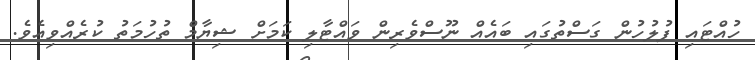
ހުއްޓައި ފުލުހުން ގަސްތުގައި ބައެއް ނޫސްވެރިން ވައްޓާލި ކަމަށް ޝިޔާމް ތުހުމަތު ކުރެއްވިއެވެ.